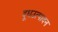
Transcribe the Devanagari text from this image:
दूधउत्पादन